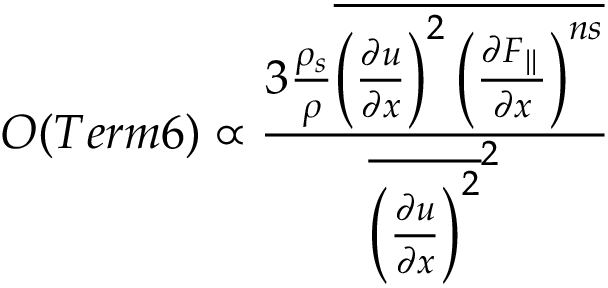
{ \cal O } ( T e r m 6 ) \propto \frac { 3 \frac { \rho _ { s } } { \rho } \overline { { \left( \frac { \partial u } { \partial x } \right) ^ { 2 } \left( \frac { \partial F _ { \parallel } } { \partial x } \right) ^ { n s } } } } { { \overline { { \left( \frac { \partial u } { \partial x } \right) ^ { 2 } } } ^ { 2 } } }